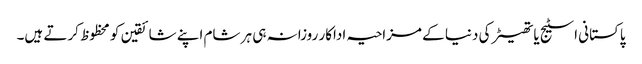
پاکستانی اسٹیج یا تھیٹر کی دنیا کے مزاحیہ اداکار روزانہ ہی ہر شام اپنے شائقین کو محظوظ کرتے ہیں۔